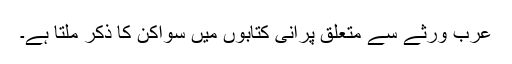
عرب ورثے سے متعلق پرانی کتابوں میں سواکن کا ذکر ملتا ہے۔